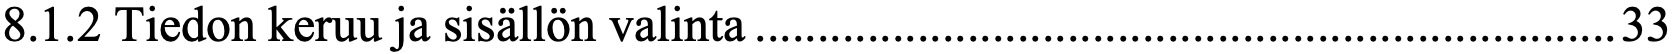
8.1.2 Tiedon keruu ja sisällön valinta ..................................................................... 33